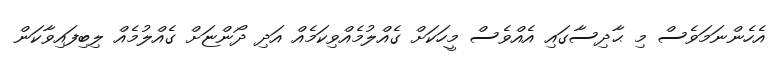
އެހެންނަމަވެސް މި ޙާދިސާގައި އެއްވެސް މީހަކަށް ގެއްލުމެއްވިކަމެއް އަދި ދޯންޏަށް ގެއްލުމެއް ލިބިފައިވާކަން